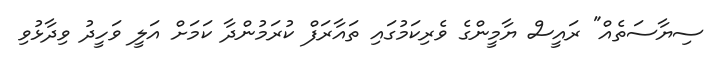
ސިޔާސަތެއް" ރައީސް ޔާމީންގެ ވެރިކަމުގައި ތައާރަފް ކުރަމުންދާ ކަމަށް އަލީ ވަހީދު ވިދާޅުވި